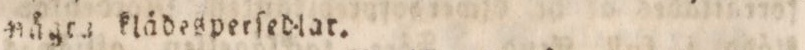
nägta klädesperſedlar.